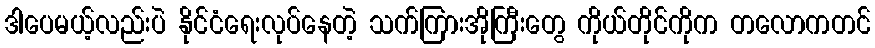
ဒါပေမယ့်လည်းပဲ နိုင်ငံရေးလုပ်နေတဲ့ သက်ကြားအိုကြီးတွေ ကိုယ်တိုင်ကိုက တလောကတင်